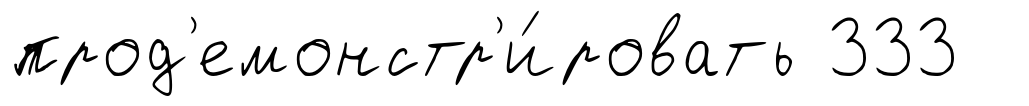
прод'емонстр'и́ровать 333